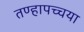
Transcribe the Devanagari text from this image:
तण्हापच्चया